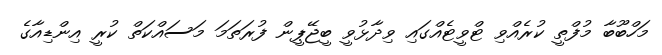
މަހްބޫބާ މުފްތީ ކުރެއްވި ޓްވީޓެއްގައި ވިދާޅުވީ ބީޖޭޕީން ފުރަތަމަ މަސައްކަތް ކުރީ އިންޑިއާގެ